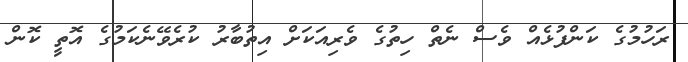
ރަހުމުގެ ކަންފުޅެއް ވެސް ނެތް ހިތުގެ ވެރިއަކަށް އިތުބާރު ކުރެވޭނެކަމުގެ އޮތީ ކޮން